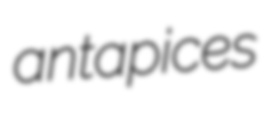
antapices